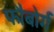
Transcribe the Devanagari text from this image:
फौबोर्ग